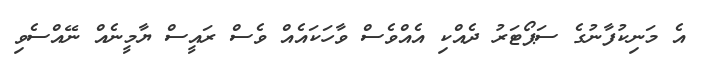
އެ މަނިކުފާނުގެ ސަޕޯޓަރު ދެއްކި އެއްވެސް ވާހަކައެއް ވެސް ރައީސް ޔާމީނެއް ނޭއްސެވި